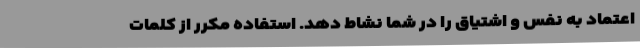
اعتماد به نفس و اشتیاق را در شما نشاط دهد. استفاده مکرر از کلمات